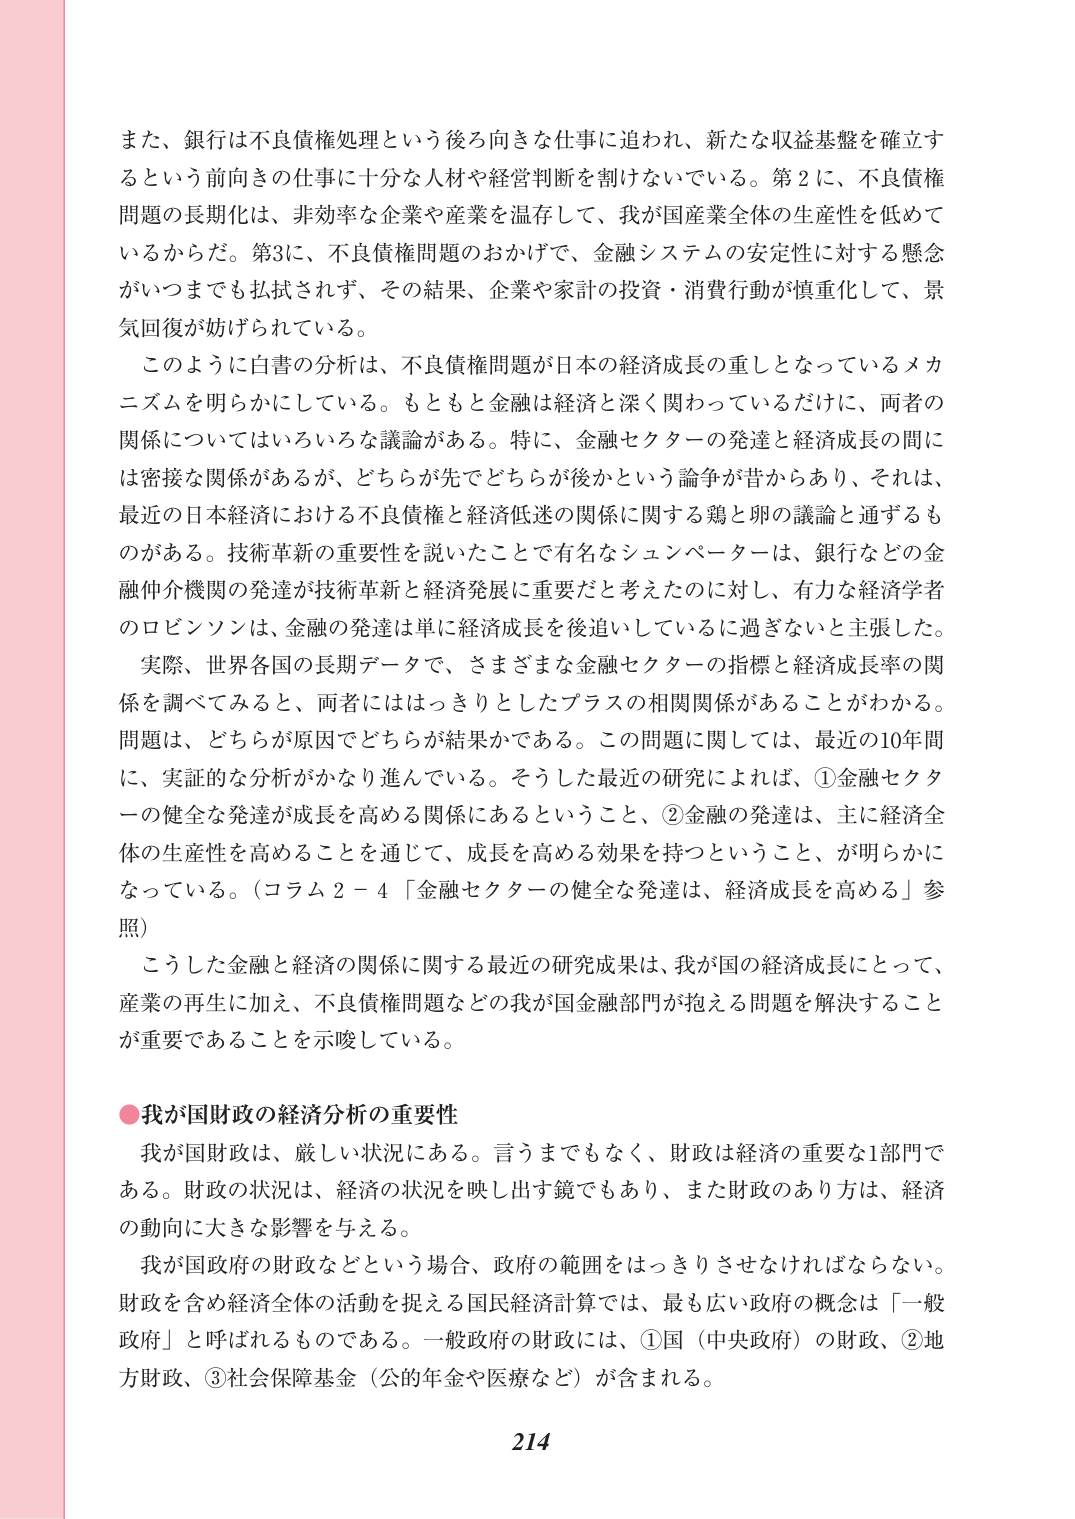
また、銀行は不良債権処理という後ろ向きな仕事に追われ、新たな収益基盤を確立するという前向きの仕事に十分な人材や経営判断を割けないでいる。第2に、不良債権問題の長期化は、非効率な企業や産業を温存して、我が国産業全体の生産性を低めているからだ。第3に、不良債権問題のおかげで、金融システムの安定性に対する懸念がいつまでも払拭されず、その結果、企業や家計の投資・消費行動が慎重化して、景気回復が妨げられている。

このように白書の分析は、不良債権問題が日本の経済成長の重しとなっているメカニズムを明らかにしている。もともと金融は経済と深く関わっているだけに、両者の関係についてはいろいろな議論がある。特に、金融セクターの発達と経済成長の間には密接な関係があるが、どちらが先でどちらが後かという論争が昔からあり、それは、最近の日本経済における不良債権と経済低迷の関係に関する鶏と卵の議論と通ずるものがある。技術革新の重要性を説いたことで有名なシュンペーターは、銀行などの金融仲介機関の発達が技術革新と経済発展に重要だと考えたのに対し、有力な経済学者のロビンソンは、金融の発達は単に経済成長を後追いしているに過ぎないと主張した。

実際、世界各国の長期データで、さまざまな金融セクターの指標と経済成長率の関係を調べてみると、両者にははっきりとしたプラスの相関関係があることがわかる。問題は、どちらが原因でどちらが結果かである。この問題に関しては、最近の10年間に、実証的な分析がかなり進んでいる。そうした最近の研究によれば、①金融セクターの健全な発達が成長を高める関係にあるということ、②金融の発達は、主に経済全体の生産性を高めることを通じて、成長を高める効果を持つということ、が明らかになっている。（コラム2－4「金融セクターの健全な発達は、経済成長を高める」参照）

こうした金融と経済の関係に関する最近の研究成果は、我が国の経済成長にとって、産業の再生に加え、不良債権問題などの我が国金融部門が抱える問題を解決することが重要であることを示唆している。

●我が国財政の経済分析の重要性

我が国財政は、厳しい状況にある。言うまでもなく、財政は経済の重要な1部門である。財政の状況は、経済の状況を映し出す鏡でもあり、また財政のあり方は、経済の動向に大きな影響を与える。

我が国政府の財政などという場合、政府の範囲をはっきりさせなければならない。財政を含め経済全体の活動を捉える国民経済計算では、最も広い政府の概念は「一般政府」と呼ばれるものである。一般政府の財政には、①国（中央政府）の財政、②地方財政、③社会保障基金（公的年金や医療など）が含まれる。

214